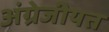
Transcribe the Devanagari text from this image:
अंग्रेजीयत